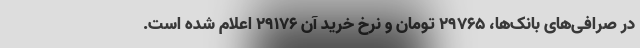
در صرافی‌های بانک‌ها، 29765 تومان و نرخ خرید آن 29176 اعلام شده است.